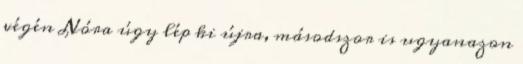
végén Nóra úgy lép ki újra, másodszor is ugyanazon